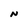
Character: N